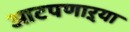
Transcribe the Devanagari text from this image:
आटपणाऱ्या